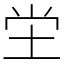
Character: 坣